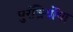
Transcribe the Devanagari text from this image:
पुरंध्रिर्योषा